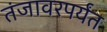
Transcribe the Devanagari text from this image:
तंजावरपर्यंत